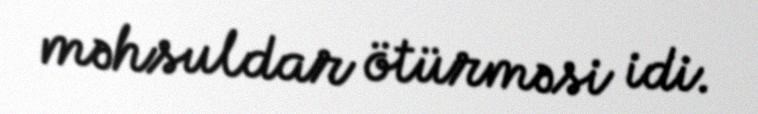
məhsuldar ötürməsi idi.